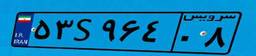
۴۰S۰۱۳۶۳